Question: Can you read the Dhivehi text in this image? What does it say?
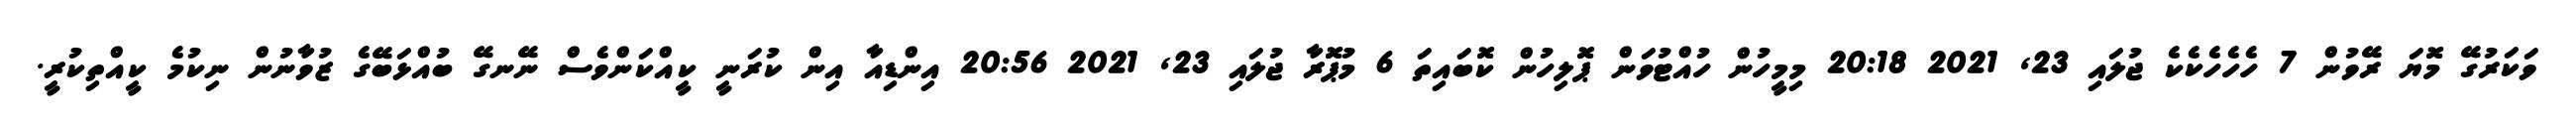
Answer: ވަކަރުގޭ މޮޔަ ރޭވުން 7 ހެހެހެކެކެ ޖުލައި 23, 2021 20:18 މިމީހުން ހުއްޓުވަން ޕޮލިހުން ކޮބައިތަ 6 މުޕޮރާ ޖުލައި 23, 2021 20:56 އިންޑިއާ އިން ކުރަނީ ކީއްކަންވެސް ނޭނގޭ ބުއްޅަބޭގެ ޒުވާނުން ނިކުމެ ކީއްތިކުރީ.